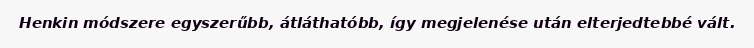
Henkin módszere egyszerűbb, átláthatóbb, így megjelenése után elterjedtebbé vált.